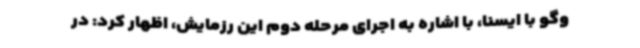
وگو با ایسنا، با اشاره به اجرای مرحله دوم این رزمایش، اظهار کرد: در